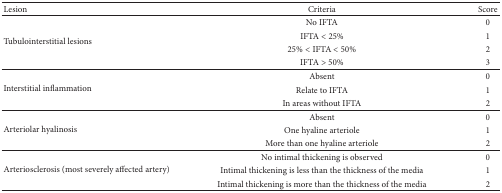
| Lesion | Criteria | Score |
 | --- | --- | --- |
 | <ROWSPAN=4> Tubulointerstitial lesions | No IFTA | 0 |
 | IFTA < 25% | 1 |
 | 25% < IFTA < 50% | 2 |
 | IFTA > 50% | 3 |
 | <ROWSPAN=3> Interstitial inflammation | Absent | 0 |
 | Relate to IFTA | 1 |
 | In areas without IFTA | 2 |
 | <ROWSPAN=3> Arteriolar hyalinosis | Absent | 0 |
 | One hyaline arteriole | 1 |
 | More than one hyaline arteriole | 2 |
 | <ROWSPAN=3> Arteriosclerosis (most severely affected artery) | No intimal thickening is observed | 0 |
 | Intimal thickening is less than the thickness of the media | 1 |
 | Intimal thickening is more than the thickness of the media | 2 |